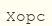
Хорс